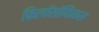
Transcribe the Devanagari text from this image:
फिलॉसॉफिकस